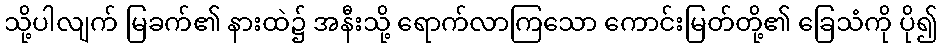
သို့ပါလျက် မြခက်၏ နားထဲ၌ အနီးသို့ ရောက်လာကြသော ကောင်းမြတ်တို့၏ ခြေသံကို ပို၍